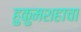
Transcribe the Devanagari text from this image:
हुकुमशहाचा